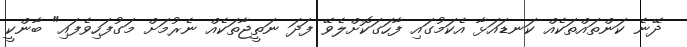
ދޭނެ ކަންތައްތަކެއް ކަނޑައަޅާ އެކަމުގައި ފާހަގަކޮށްލެވޭ ފަދަ ނަތީޖާތަކެއް ނެރުމަށް މަގުފަހިވެފައި" ބާންކީ